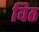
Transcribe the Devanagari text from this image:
विठ